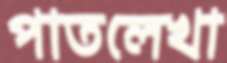
পাতলেখা